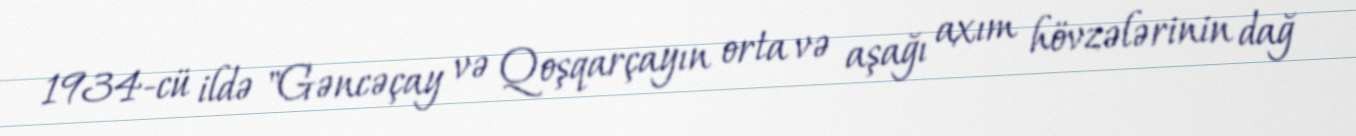
1934-cü ildə "Gəncəçay və Qoşqarçayın orta və aşağı axım hövzələrinin dağ